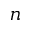
n